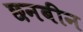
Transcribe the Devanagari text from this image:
छनबीन